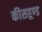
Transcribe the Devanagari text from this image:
कीसहूण्ड